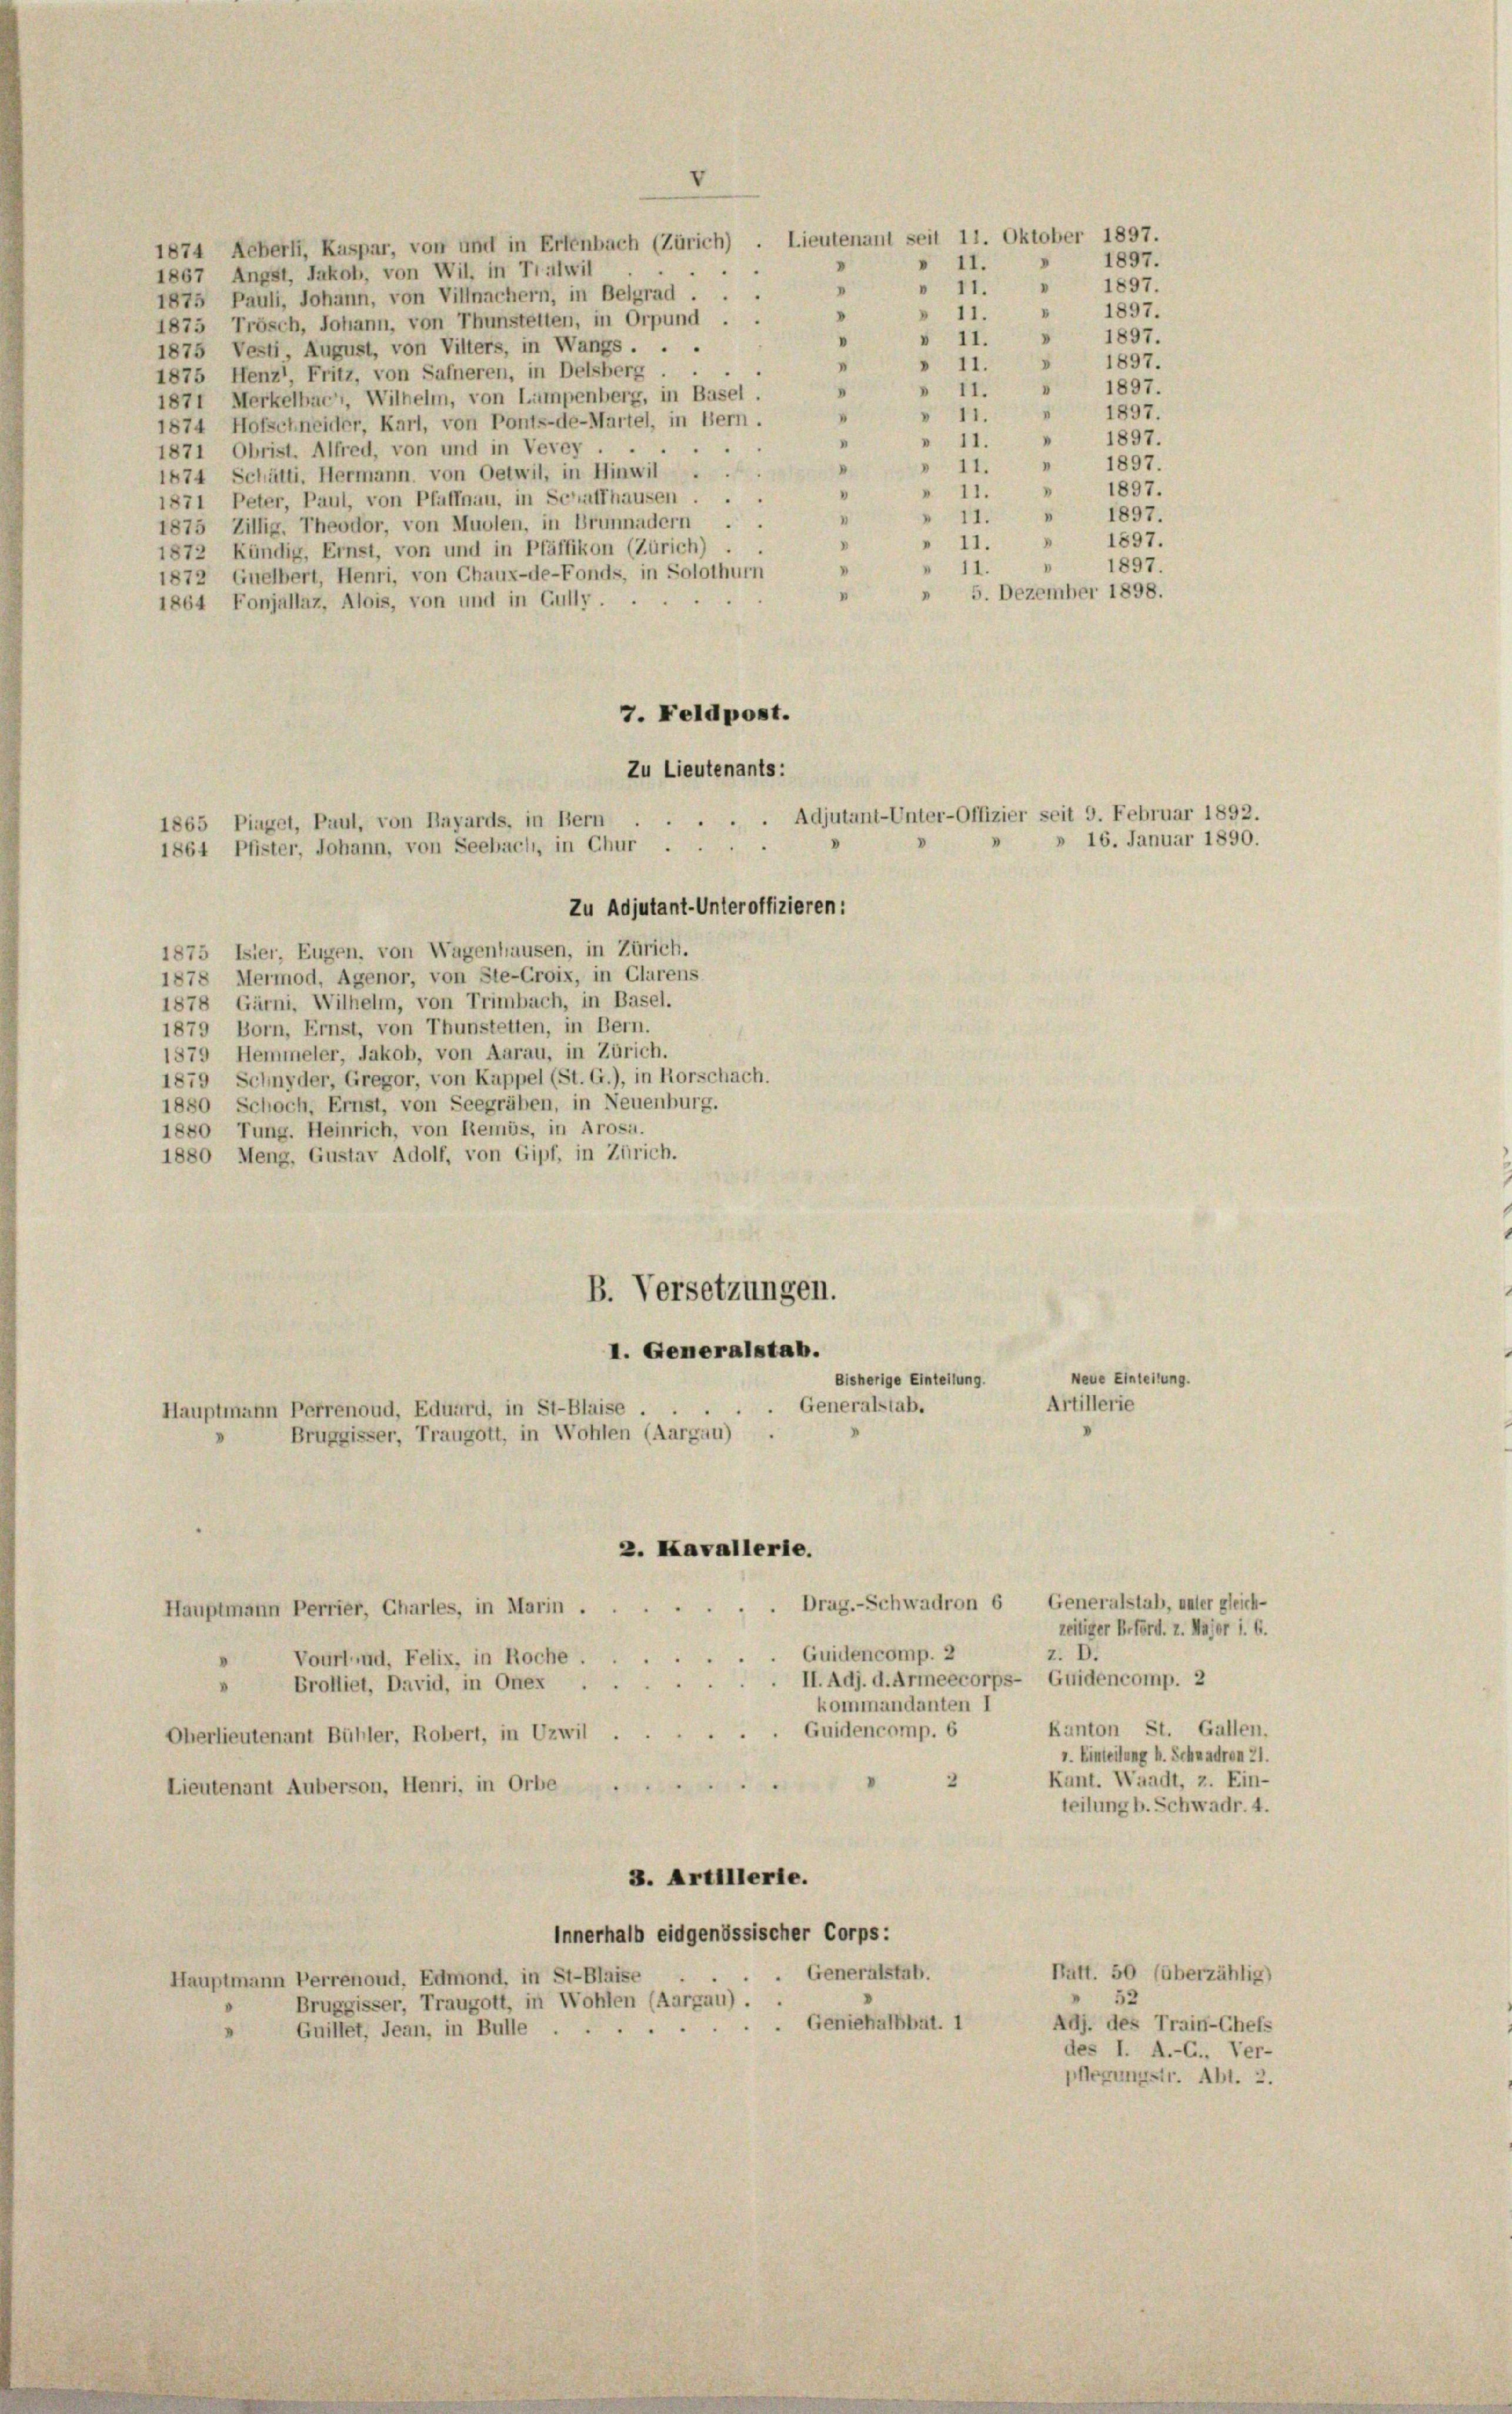
1874 Reberl, Kaspar, von und in Erlenbach (Zürich) . Lieutenant seit 11. Oktober 1897.
1867 Angst, Jakob, von Wil, in Tralwil
1875 Pauli, Johann, von Villnachern, in Belgrad ...
1875 Trösch, Johann, von Thunstetten, in Orpund . .
1875 Vesti, August, von Villers, in Wangs ...
1875 Henz Fritz, von Safneren, in Delsberg.
1871 Merkelbach, Wilhelm, von Lumpenberg, in Basel.
1874 Hofschneider, Karl, von Ponts-de-Martel, in Bern.
...
1871 Obrist. Alfred, von und in Vevey .
D
1674 Schätti, Hermann, von Oetwil, in Hinwil
» 11. " 1897.
"
1871 Peter, Paul, von Pfaffnau, in Schaffhausen ...
1897.
I
"
1875 Zillig, Theodor, von Muolen, in Brunnadern ..
» 11. » 1897.
V
1872 Kündig, Ernst, von und in Pfäffikon (Zürich) .
» 11. " 1897.
1872 Guelbert, Henri, von Chaux-de-Fonds, in Solothurn
5. Dezember 1898.
.
1864 Fonjallaz, Alois, von und in Gully
7. Feldpost.
Zu Lieutenants:
Zu Adjutant-Unteroffizieren:
1875 Isier, Eugen, von Wagenhausen, in Zürich.
1878 Mermod, Agenor, von Ste-Croix, in Clarens
1878 Gärni, Wilhelm, von Trimbach, in Basel.
1879 Born, Ernst, von Thunstetten, in Bern.
1879 Hemmeler, Jakob, von Aarau, in Zürich.
1879 Schnyder, Gregor, von Kappel (St. G.), in Rorschach.
1880 Schoch, Ernst, von Seegräben, in Neuenburg.
1880 Tung. Heinrich, von Remüs, in Arosa.
1880 Meng, Gustav Adolf, von Gipf, in Zürich.
B. Versetzungen.
I. Generalstab.
Neue Einteilung
Bisherige Einteilung.
Artillerie
Generalstab.
Hauptmann Perrenoud, Eduard, in St-Blaise.
Bruggisser, Traugott, in Wohlen (Aargau) .
2. Kavallerie.
Drag.-Schwadron 6 Generalstab, unter gleich-
Hauptmann Perrier, Chartes, in Marin .
zeitiger Beförd. Z. Major 1. 6.
z. D.
Quidencomp. 2
Vourlud, Felix, in Roche.
II. Adj. d. Armeecorps- Guidencomp. 2
Brolliet, David, in Onex
V
kommandanten I
Kanton St. Gallen.
Guidencomp. 6
Oherlieutenant Bühler, Robert, in Uzwil.
1. Einteilung b. Schwadren 21.
Kant. Waadt, z. Ein-
2
Lieutenant Auberson, Henri, in Orbe
teilung b. Schwadr. 4.
3. Artillerie.
Innerhalb eidgenössischer Corps:
. Generalstab.
Patt. 50 (überzählig)
Hauptmann Perrenoud, Edmond, in St-Blaise
52
Bruggisser, Traugott, in Wohlen (Aargau) ..
Generalhbat. 1
Adj. des Train-Chefs
Guillet, Jean, in Bulle
des I. A.-G., Ver-
pflegungstr. Abt. 2.

1865 Piaget, Paul, von Bayards, in Bern
1864 Pfister, Johann, von Seebach, in Chur

» 11. » 1897.
V
1897.
V
.
» 11.
» 11. " 1897.
v II. » 1897.
.
» 11. 1897.
.
1897.
I
» II.
1897.
“
» 11.
1897.
"
I
11.
1897.
n
11.

» 11.

.. Adjutant-Unter-Offizier seit 9. Februar 1892.

» 16. Januar 1890.